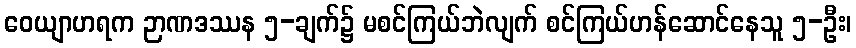
ဝေယျာဟရက ဉာဏဒဿန ၅-ချက်၌ မစင်ကြယ်ဘဲလျက် စင်ကြယ်ဟန်ဆောင်နေသူ ၅-ဦး၊